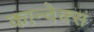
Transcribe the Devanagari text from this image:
कान्वेक्स